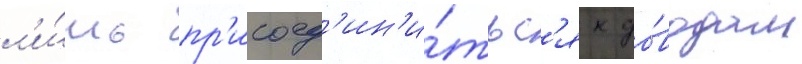
л'и́шь пр'исоед'ин'и́тьс'я к до́водам